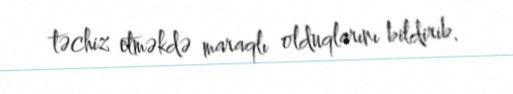
təchiz etməkdə maraqlı olduqlarını bildirib.